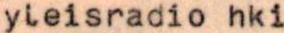
yieisradio hki